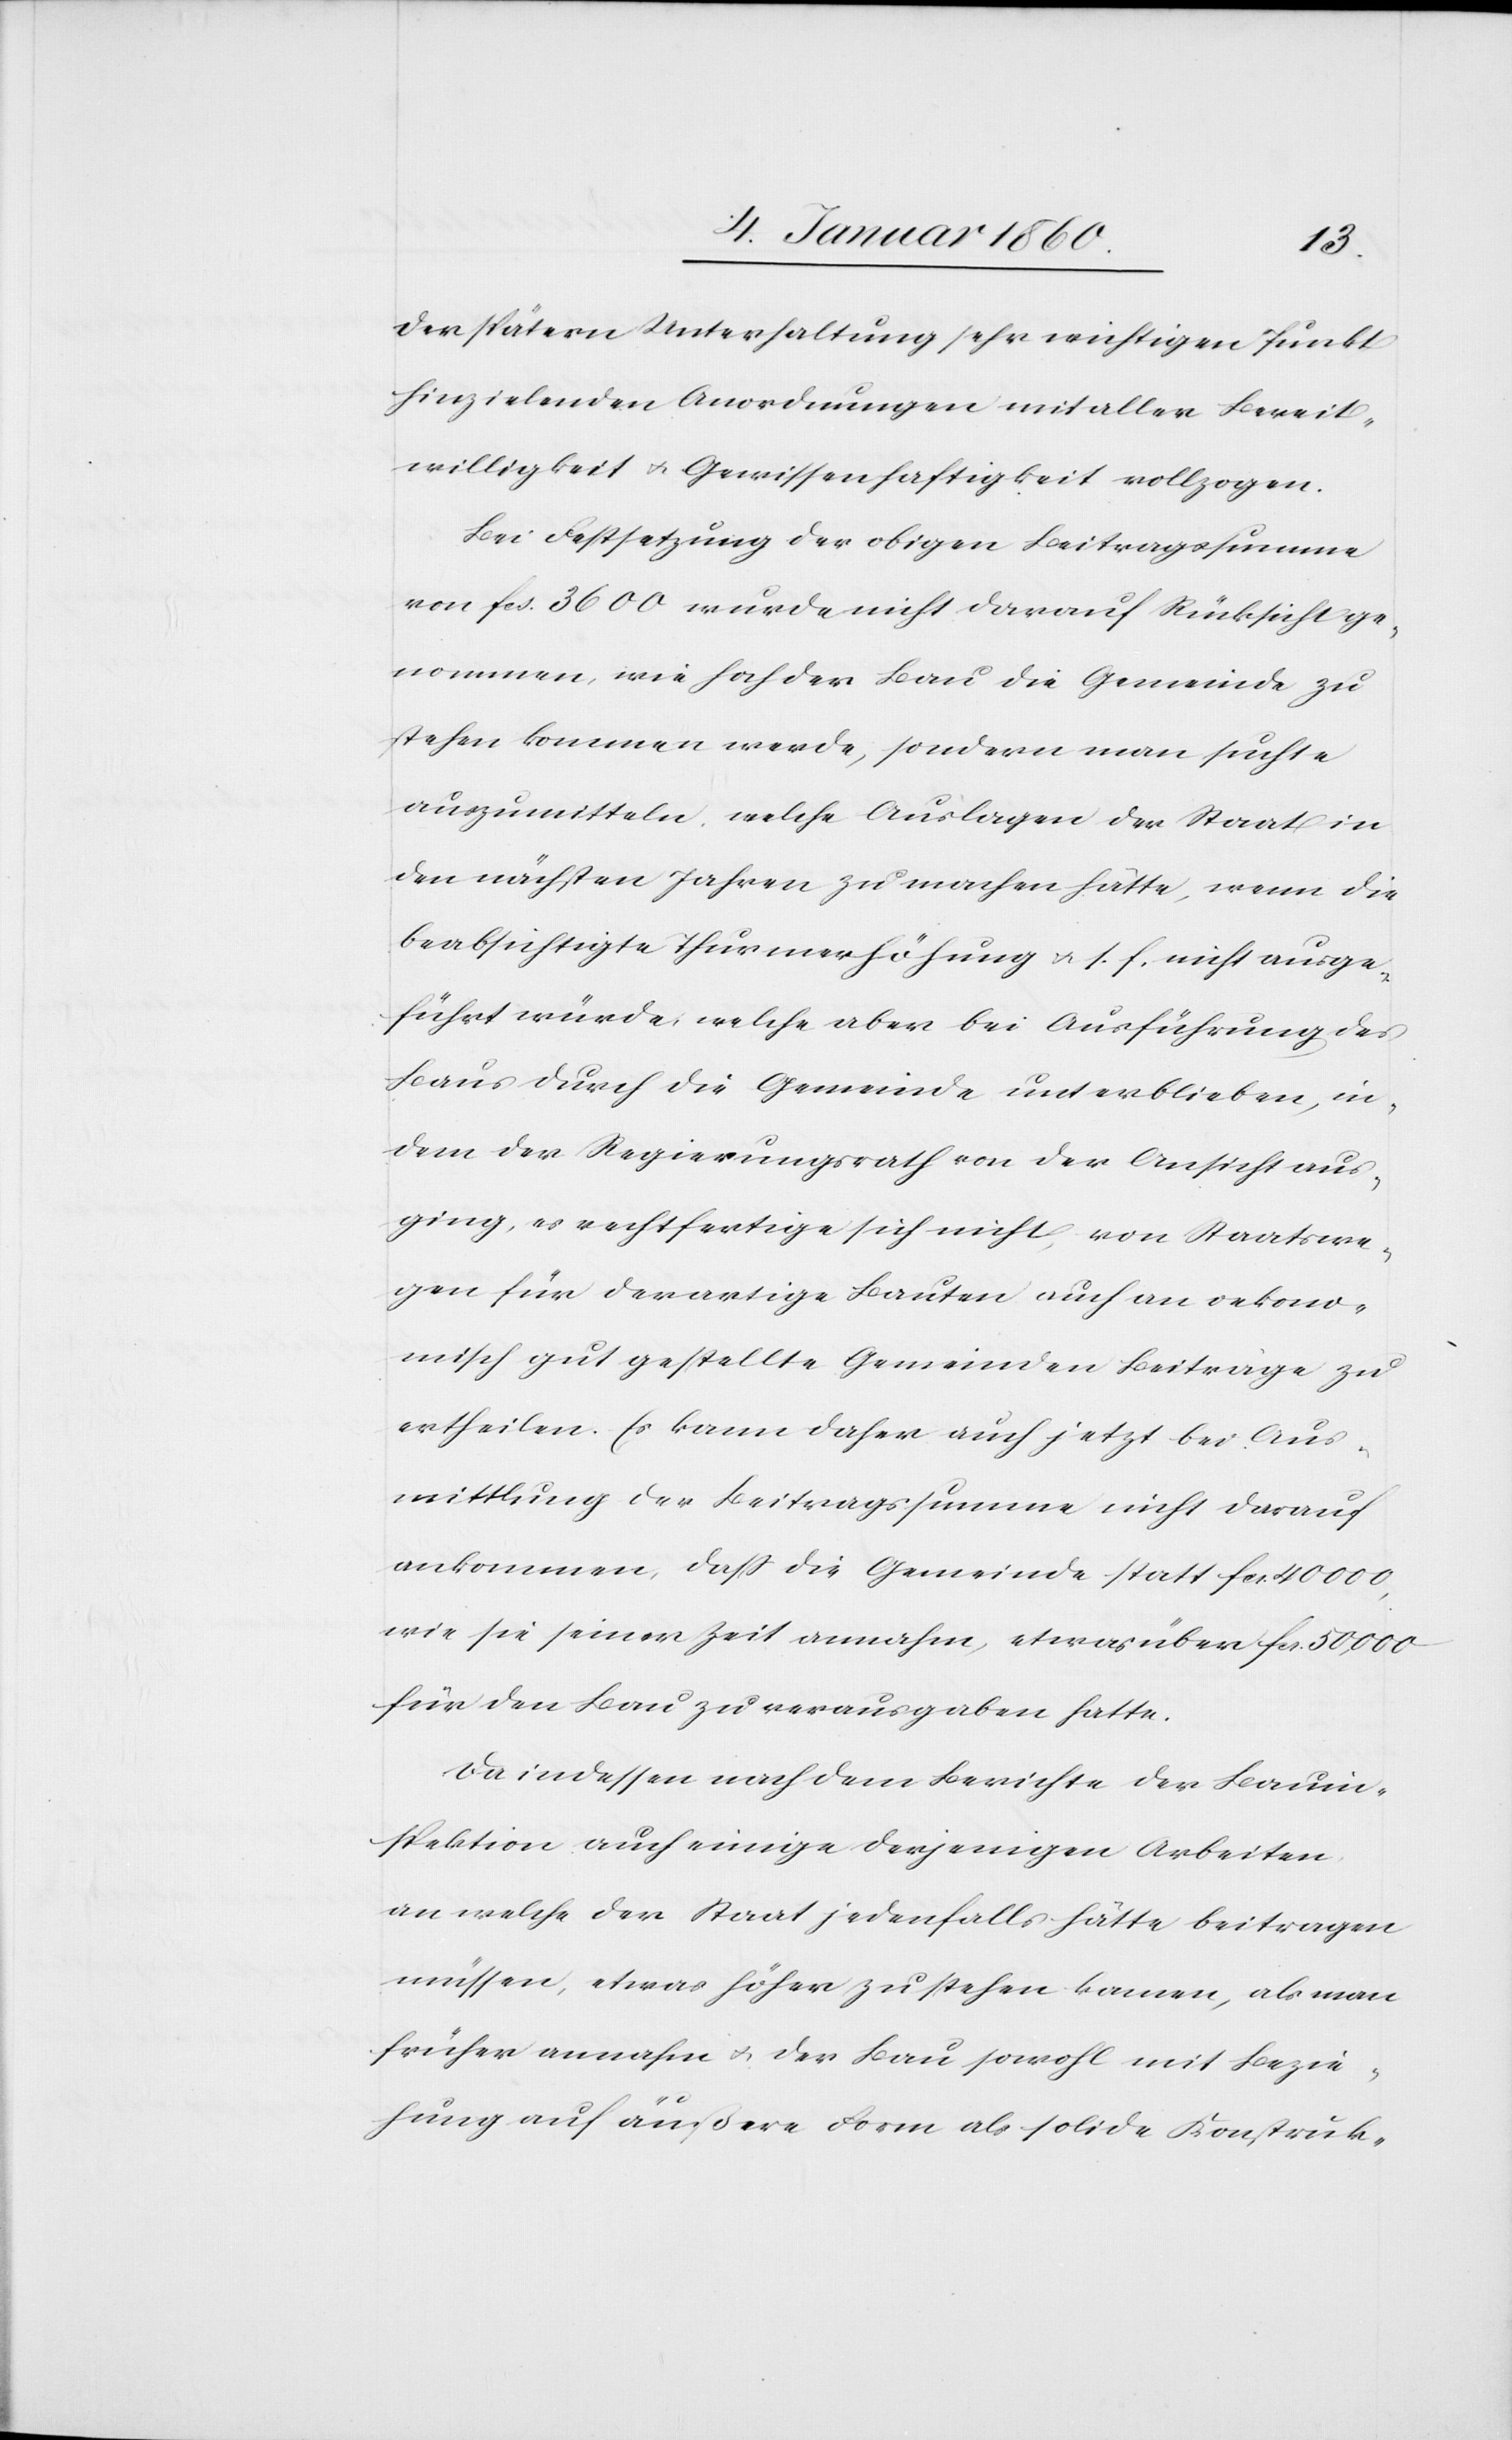
der spätern Unterhaltung sehr wichtigen Punkt
hinzielenden Anordnungen mit aller Bereit¬
willigkeit u. Gewissenhaftigkeit vollzogen.
Bei Festsetzung der obigen Beitragssumme
von fcs. 3600. wurde nicht darauf Rücksicht ge¬
nommen, wie hoch der Bau die Gemeinde zu
stehen kommen werde, sondern man suchte
auszumitteln, welche Auslagen der Staat in
den nächsten Jahren zu machen hätte, wenn die
beabsichtigte Thurmerhöhung u. s. f. nicht ausge¬
führt würde, welche aber bei Ausführung des
Baus durch die Gemeinde unterblieben, in¬
dem der Regierungsrath von der Ansicht aus¬
ging, es rechtfertige sich nicht von Staatswe¬
gen für derartige Bauten auch an oekono¬
mische gut gestellte Gemeinden Beiträge zu
ertheilen. Es kann daher auch jetzt bei Aus¬
mittlung der Beitragssumme nicht darauf
ankommen, daß die Gemeinde statt fcs. 40 000.
wie sie seiner Zeit annahm, etwas über fcs. 50,000.
für den Bau zu verausgaben hatte.
Da indessen nach dem Berichte der Bauin¬
spektion auch einige derjenigen Arbeiten
an welche der Staat jedenfalls hätte beitragen
müssen, etwas höher zu stehen kamen, als man
früher annahm u. der Bau sowohl mit Bezie¬
hung auf äußere Form als solide Konstruk-